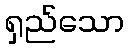
ရှည်သော